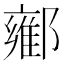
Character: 𬪘